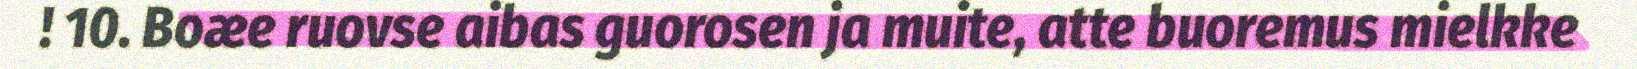
! 10. Boæe ruovse aibas guorosen ja muite, atte buoremus mielkke